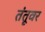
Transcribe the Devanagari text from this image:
तंतूवर